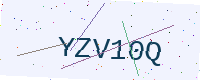
Text: YZV10Q